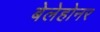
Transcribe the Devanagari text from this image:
बेलेहोनर